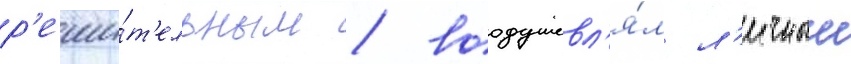
р'еши́т'ельным / воодушевл'я́л л'ичныи